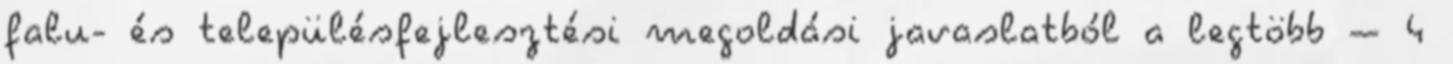
falu- és településfejlesztési megoldási javaslatból a legtöbb – 4